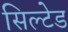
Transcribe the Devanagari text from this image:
सिल्टेड